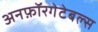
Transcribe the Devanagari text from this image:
अनफ़ॉरगेटेबल्स